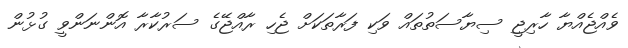
ވެއްޖެއްޔާ ހާރިޖީ ސިޔާސަތުތައް ވަކި ފަރާތަކަށް ޖެހި ރާއްޖޭގެ ސަރުކާރާ އޮންނަންވީ ގުޅުން